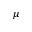
\mu